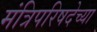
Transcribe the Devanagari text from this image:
मंत्रिपरिषदेच्या